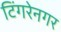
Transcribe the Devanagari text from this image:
टिंगरेनगर